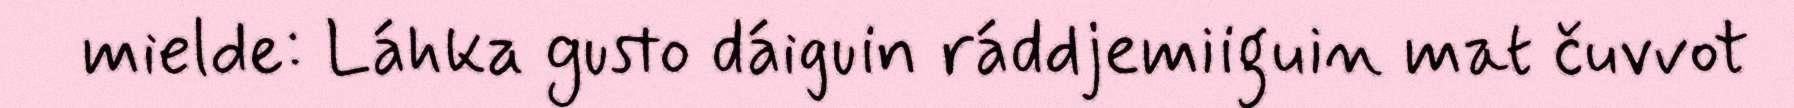
mielde: Láhka gusto dáiguin ráddjemiiguin mat čuvvot